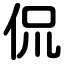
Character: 侃